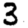
Digit: 3